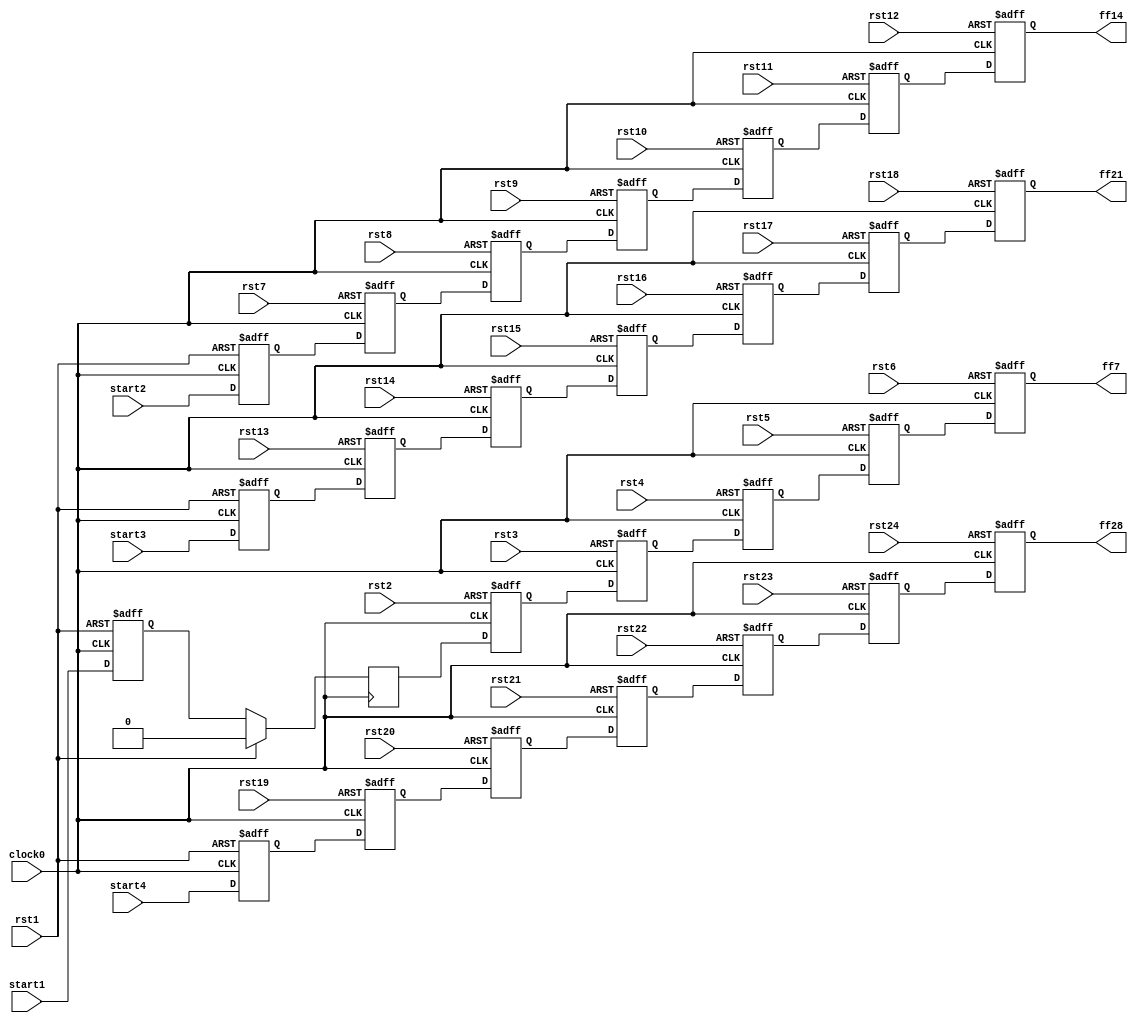
module hop6_L4(

   	input clock0, rst1,rst2,rst3,rst4,rst5,rst6,rst7,rst8,rst9,rst10,rst11,rst12,rst13,rst14,rst15,rst16,rst17,rst18,rst19,rst20,rst21,rst22,rst23,rst24,start1,start2,start3,start4,
   	output ff7,ff14,ff21,ff28

	);

   reg ff1,ff2,ff3,ff4,ff5,ff6,ff7,ff8,ff9,ff10,ff11,ff12,ff13,ff14,ff15,ff16,ff17,ff18,ff19,ff20,ff21,ff22,ff23,ff24,ff25,ff26,ff27,ff28;


  	always @( posedge clock0, posedge rst1 )
   	begin
   		if( rst1 )
       			ff1 <= 0;
		else
			ff1<= start1;
	end


	always @(posedge clock0)
	begin
    		if( rst1 )
       			ff2 <= 0;      
    		else 
			ff2<= ff1;

	end

	always @(posedge clock0, posedge rst2)
	begin
    		if( rst2)
       			ff3 <= 0;      
    		else 
			ff3<= ff2;

	end

	always @(posedge clock0, posedge rst3)
	begin
    		if( rst3)
       			ff4 <= 0;      
    		else 
			ff4<= ff3;

	end

	always @(posedge clock0, posedge rst4)
	begin
    		if( rst4)
       			ff5 <= 0;      
    		else 
			ff5<= ff4;

	end

	always @(posedge clock0, posedge rst5)
	begin
    		if( rst5)
       			ff6 <= 0;      
    		else 
			ff6<= ff5;

	end

	always @(posedge clock0, posedge rst6)
	begin
    		if( rst6)
       			ff7 <= 0;      
    		else 
			ff7<= ff6;

	end

	always @(posedge clock0, posedge rst1)
	begin
    		if( rst1)
       			ff8 <= 0;      
    		else 
			ff8<= start2;

	end

	always @(posedge clock0, posedge rst7)
	begin
    		if( rst7)
       			ff9 <= 0;      
    		else 
			ff9<= ff8;

	end

	always @(posedge clock0, posedge rst8)
	begin
    		if( rst8)
       			ff10 <= 0;      
    		else 
			ff10<= ff9;

	end

	always @(posedge clock0, posedge rst9)
	begin
    		if( rst9)
       			ff11 <= 0;      
    		else 
			ff11<= ff10;

	end

	always @(posedge clock0, posedge rst10)
	begin
    		if( rst10)
       			ff12 <= 0;      
    		else 
			ff12<= ff11;

	end


	always @(posedge clock0, posedge rst11)
	begin
    		if( rst11)
       			ff13 <= 0;      
    		else 
			ff13<= ff12;

	end	
	always @(posedge clock0, posedge rst12)
	begin
    		if( rst12)
       			ff14 <= 0;      
    		else 
			ff14<= ff13;

	end	
	always @(posedge clock0, posedge rst1)
	begin
    		if( rst1)
       			ff15 <= 0;      
    		else 
			ff15<= start3;

	end	


	always @(posedge clock0, posedge rst13)
	begin
    		if( rst13)
       			ff16 <= 0;      
    		else 
			ff16<= ff15;

	end


	always @(posedge clock0, posedge rst14)
	begin
    		if( rst14)
       			ff17 <= 0;      
    		else 
			ff17<= ff16;

	end

	always @(posedge clock0, posedge rst15)
	begin
    		if( rst15)
       			ff18 <= 0;      
    		else 
			ff18<= ff17;

	end

	always @(posedge clock0, posedge rst16)
	begin
    		if( rst16)
       			ff19 <= 0;      
    		else 
			ff19<= ff18;

	end

	always @(posedge clock0, posedge rst17)
	begin
    		if( rst17)
       			ff20 <= 0;      
    		else 
			ff20<= ff19;

	end





	always @(posedge clock0, posedge rst18)
	begin
    		if( rst18)
       			ff21 <= 0;      
    		else 
			ff21<= ff20;

	end



	always @(posedge clock0, posedge rst1)
	begin
    		if( rst1)
       			ff22 <= 0;      
    		else 
			ff22<= start4;

	end



	always @(posedge clock0, posedge rst19)
	begin
    		if( rst19)
       			ff23 <= 0;      
    		else 
			ff23<= ff22;

	end



	always @(posedge clock0, posedge rst20)
	begin
    		if( rst20)
       			ff24 <= 0;      
    		else 
			ff24<= ff23;

	end






	always @(posedge clock0, posedge rst21)
	begin
    		if( rst21)
       			ff25 <= 0;      
    		else 
			ff25<= ff24;

	end

	always @(posedge clock0, posedge rst22)
	begin
    		if( rst22)
       			ff26 <= 0;      
    		else 
			ff26<= ff25;

	end

	always @(posedge clock0, posedge rst23)
	begin
    		if( rst23)
       			ff27 <= 0;      
    		else 
			ff27<= ff26;

	end

	always @(posedge clock0, posedge rst24)
	begin
    		if( rst24)
       			ff28 <= 0;      
    		else 
			ff28<= ff27;

	end


endmodule